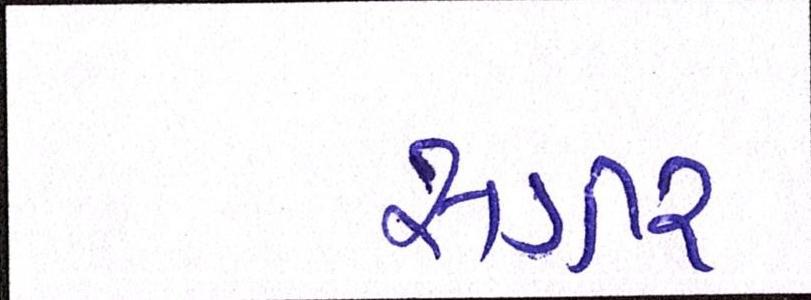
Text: સગીર